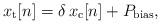
LaTeX: \begin{align*}x_{\rm t}[n]=\delta\, x_{\rm c}[n]+P_{\rm bias},\end{align*}